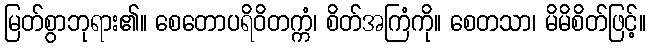
မြတ်စွာဘုရား၏။ စေတောပရိဝိတက္ကံ၊ စိတ်အကြံကို။ စေတသာ၊ မိမိစိတ်ဖြင့်။